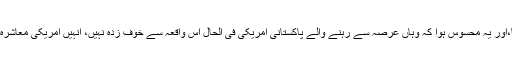
تاہم، ہم نے یہ سطور لکھتے ہوئے ان سے تبادلہءخیال کیا،اور یہ محسوس ہوا کہ وہاں عرصہ سے رہنے والے پاکستانی امریکی فی الحال اس واقعہ سے خوف زدہ نہیں، انہیں امریکی معاشرہ کی عمومی انصاف پسندی اور لچک پر خاصہ اعتماد ہے۔